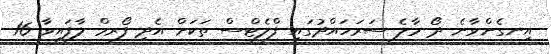
އިނގެންވާނެ ދޯ މާލެ ސަރަހައްދުގައި ފްލެޓްސް ތަކަށް އެދި ފޯރމް ލާފައިވާ 16